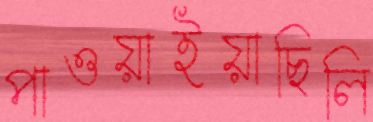
পাওয়াইয়াছিলি